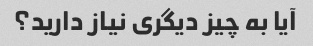
آیا به چیز دیگری نیاز دارید؟